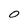
Character: 0